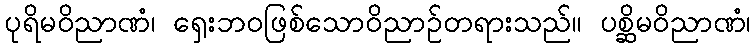
ပုရိမဝိညာဏံ၊ ရှေးဘဝဖြစ်သောဝိညာဉ်တရားသည်။ ပစ္ဆိမဝိညာဏံ၊